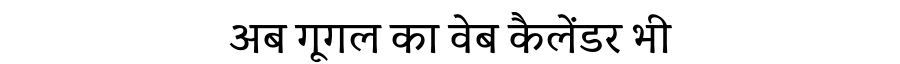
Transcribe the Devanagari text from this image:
अब गूगल का वेब कैलेंडर भी